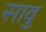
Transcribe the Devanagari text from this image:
सावु